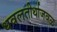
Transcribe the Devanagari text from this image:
धवलतीर्थाजवळ